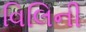
વિલિની